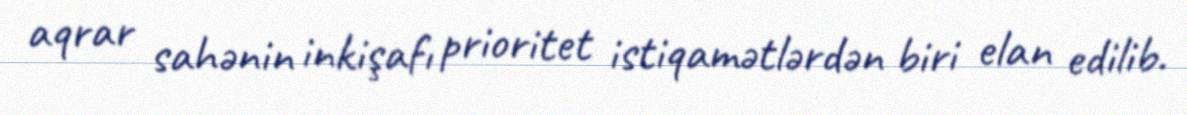
aqrar sahənin inkişafı prioritet istiqamətlərdən biri elan edilib.